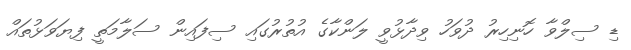
ޑި ސިލްވާ ހޮނިހިރު ދުވަހު ވިދާޅުވީ ލަންކާގެ އުތުރުގައި ސިފައިން ސަލާމަތީ ފިޔަވަޅުތައް